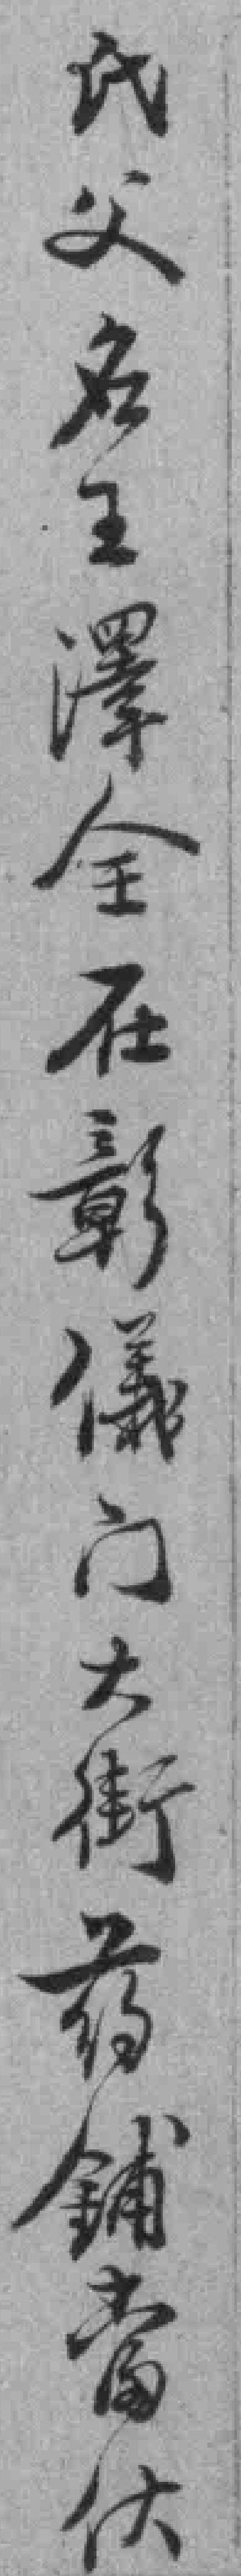
氏父名王澤全在彰儀门大街药鋪當伙